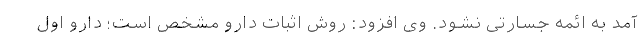
آمد به ائمه جسارتی نشود. وی افزود: روش اثبات دارو مشخص است؛ دارو اول